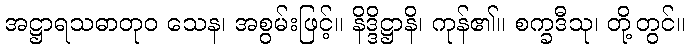
အဋ္ဌာရသဓာတုဝ သေန၊ အစွမ်းဖြင့်။ နိဒ္ဒိဋ္ဌာနိ၊ ကုန်၏။ စက္ခဒီသု၊ တို့တွင်။